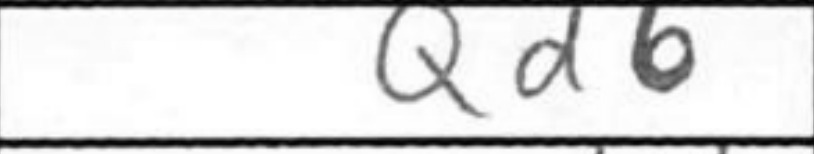
Transcription: Qd6